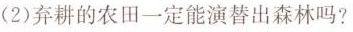
(2)弃耕的农田一定能演替出森林吗?